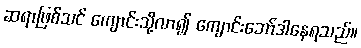
ဆရာဖြစ်သင် ကျောင်းသို့လာ၍ ကျောင်းဘော်ဒါနေရသည်။